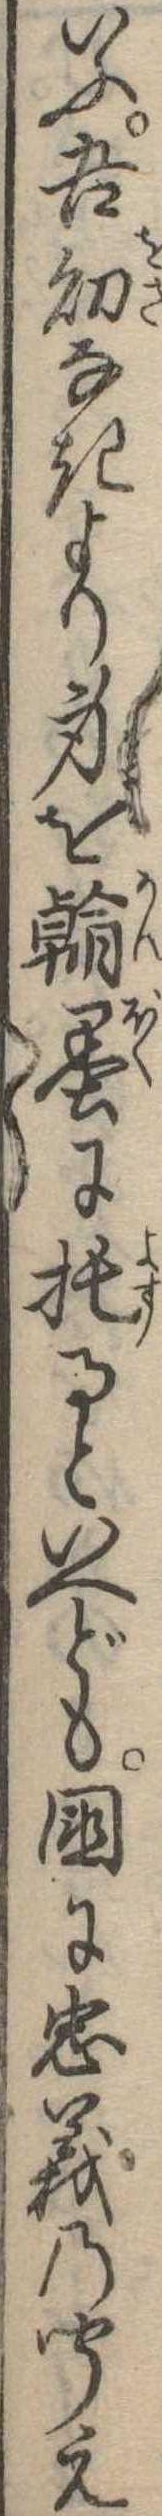
いふ吾幼なきより身を翰墨に托るといへども国に忠義の聞え